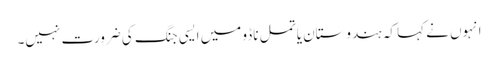
انہوں نے کہا کہ ہندوستان یا تمل ناڈو میں ایسی جنگ کی ضرورت نہیں۔